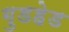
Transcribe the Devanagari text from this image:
गुडहेड